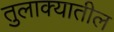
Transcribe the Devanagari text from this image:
तुलाक्यातील